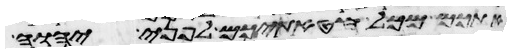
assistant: אתכם מכל חטאתיכם לפני יהוה